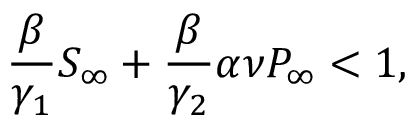
\frac { \beta } { \gamma _ { 1 } } S _ { \infty } + \frac { \beta } { \gamma _ { 2 } } \alpha \nu P _ { \infty } < 1 ,